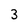
Character: 3